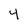
Character: 4